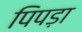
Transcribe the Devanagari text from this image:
पिपड़ा